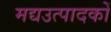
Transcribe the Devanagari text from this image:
मद्यउत्पादकों